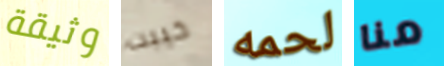
وثيقة خيبت لحمه منا